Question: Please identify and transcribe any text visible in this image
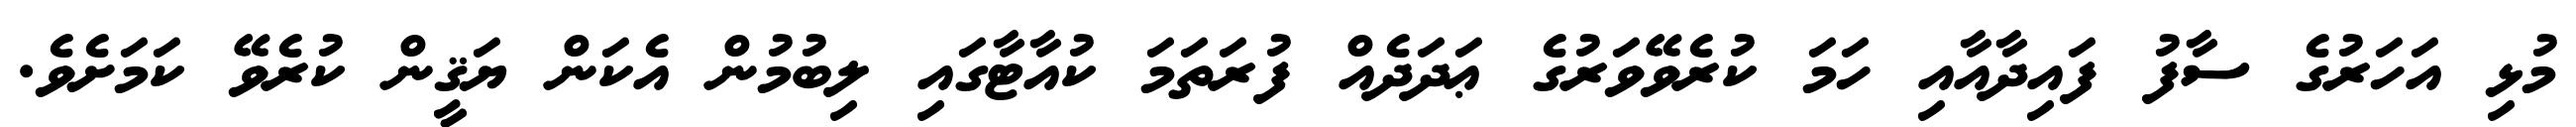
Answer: މުޅި އަހަރުގެ ސާފު ފައިދާއާއި ހަމަ ކުރެވޭވަރުގެ ޢަދަދެއް ފުރަތަމަ ކުއާޓާގައި ލިބުމުން އެކަން ޔަޤީން ކުރެވޭ ކަމަށެވެ.